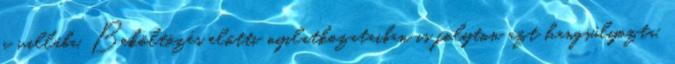
a villába. Beköltözés előtti nyilatkozataiban is folyton azt hangsúlyozta,